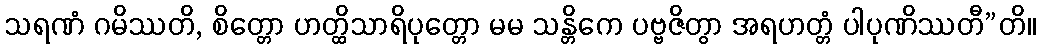
သရဏံ ဂမိဿတိ, စိတ္တော ဟတ္ထိသာရိပုတ္တော မမ သန္တိကေ ပဗ္ဗဇိတွာ အရဟတ္တံ ပါပုဏိဿတီ”တိ။